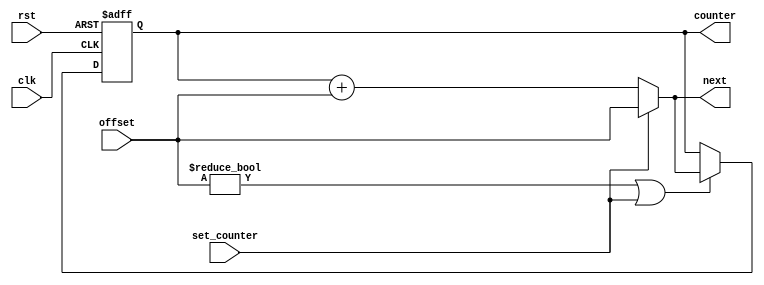
module program_counter(clk, rst, counter, offset, set_counter, next);

	input clk, rst, set_counter;
	input [31:0] offset;
	
	output reg [31:0] counter, next;
	
	always @(posedge clk or negedge rst) begin
	
		if (rst == 1'b0) begin
		
			counter <= 0;
		
		end else begin
		
			if (offset != 0 | set_counter == 1'b1) begin
			
				counter <= next;
				
			end
		
		end
	
	end
	
	
	always @(*) begin
	
		if (set_counter == 1'b1)
			next = offset;
		else
			next = counter + offset;
		
	end
	
endmodule